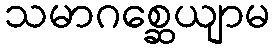
သမာဂစ္ဆေယျာမ